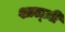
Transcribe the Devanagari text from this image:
शाल्ज़ी